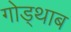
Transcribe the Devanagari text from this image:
गोड्थाब